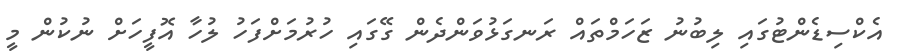
އެކްސިޑެންޓުގައި ލިބުނު ޒަހަމްތައް ރަނގަޅުވަންދެން ގޭގައި ހުރުމަށްފަހު ލުހާ އޮފީހަށް ނުކުން މީ